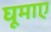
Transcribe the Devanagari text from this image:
घूमाए